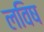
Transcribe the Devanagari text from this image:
लविष